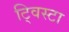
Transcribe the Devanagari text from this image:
ट्विस्टा